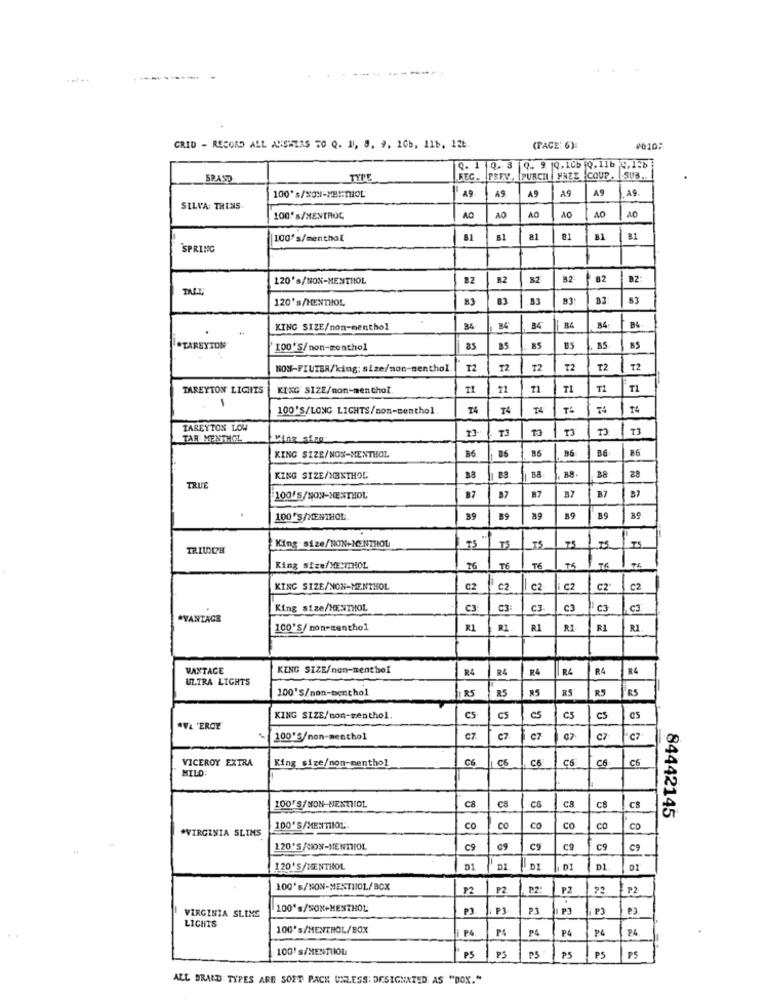
CRID - RECORD ALL ANSWERS TO Q. I, 8, 9, 10b, 11b, 12₺
(PAGE: 6):
#0107
Q. 1 Q.3
Q. 9. 10. 1Cb (0, 11b 4,1-b
SRASD
TYPE
FEC. FREV. PURCH HNZE COUP. SUB.
100*s/XON-ME !: THIOL
A9
A9
A9
A9
A9
A9
SILVA: TRINS
ao
100* s/MENTROC
AO
AO
100's/menthol
81
81
B1
81
SPRING
120's/NON-MENTHOL
B2
82
82
B2:
120's/MENTHOL
83
83
KING SIZE/non-menthol
34
B4
BA
B&
TAREYTON
100'S/non-menthol
as
BS
BS
35
BS
NON-FIUTER/king: size/non-nenthol
T2
T2
T2
T2
T2
TAREYTON LIGHTS
KING SIZE/non-menthol
11
T1
T1
100'S/LONG LIGHTS/non-menthol.
T4
74
TS
TAREYTON LOW
TJ
TO
T3
TAR MENTHOL
Ving size
B6
86
KING SIZE/NON-MENTHOL
BA
KING SIZE/MENTHOL
8.8
28
TRUE
B7
100's/NON-MENTHOL
B7
B7
100 'S/MENTHOL
39
B9
89
89
39
TRIWICH
King size/NON-NENTHOL
75
King size/XE.MIOL
16
T6
T6
76
T4
KING SIZE/NON-MENTHOL
C2
02
C2
CZ
C2
C2
King size/MENTHOL
C3
C3:
CJ
C3
C3
C3
AVANTAGE
100'S/non-menthol
R1
R1
R1
RI
VANTACE
KING SIZE/non-menthol
R&
R4
R4
R4
R4
R4
ULTRA LIGHTS
100'S/non-menthol
RS
RS
RS
R5
RS
KING SIZE/non-menthol.
CS
CS
C5
C5
CS
AVL'EROE
e7
C7
07
C7
C7
VICEROY EXTRA
C6.
C6
C6
C6
C6
MILD
King size/non-menthol
C6
C8
C8
CS
100'S/NON-NENTHOL
C&
CB
84442145
*VIRGINIA SLIMS
100'S/MENTHOL.
CO
co
CO
C
CD
120'S/CON-MENTHOL
c9
CO
c9
C9
120'S/MENTHOL
D1
DI
DI
01
DL
100's/NON-MENTHOL/BOX
P2
P2
P2:
PZ
100's/SON+MENTHOL
P3
21
VIRGINIA SLIMS
LICHTS
100's/MENTHOL/BOX
₱6
PA
P4.
100' s/MENTHOL
PS
PS
P5
PS
PS
PS
ALL BRAND: TYPES ARE SOFT PACK UNLESS: DESIGNATED AS "BOX."